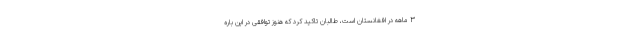
۳ ماهه در افغانستان است، طالبان تاکید کرد که هنوز توافقی در این باره